Indian journal of veterinary science and animal husbandry - Volume 2,
Year: 1932
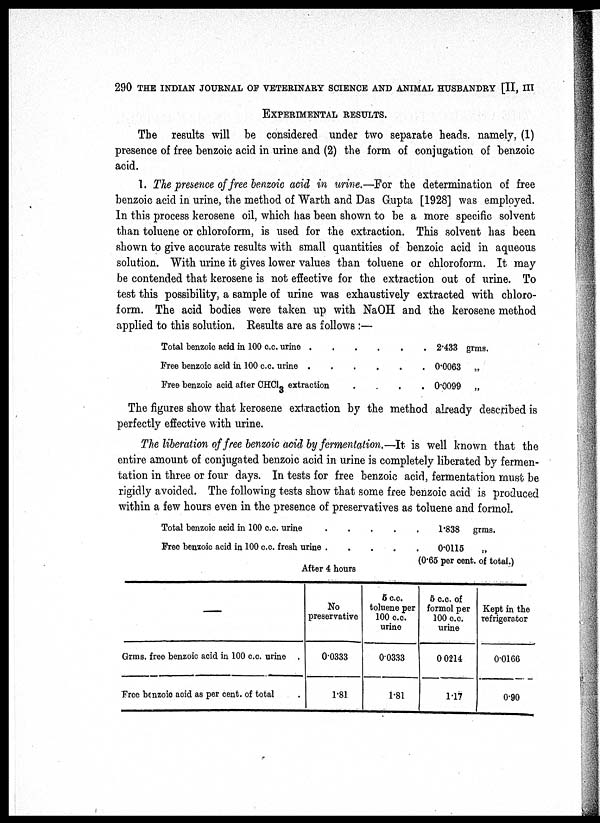
290 THE INDIAN JOURNAL OF VETERINARY SCIENCE AND ANIMAL HUSBANDRY [II, III
EXPERIMENTAL RESULTS.
The results will be considered under two separate heads, namely, (1)
presence of free benzoic acid in urine and (2) the form of conjugation of benzoic
acid.
1. The presence of free benzoic acid in urine.—For the determination of free
benzoic acid in urine, the method of Warth and Das Gupta [1928] was employed.
In this process kerosene oil, which has been shown to be a more specific solvent
than toluene or chloroform, is used for the extraction. This solvent has been
shown to give accurate results with small quantities of benzoic acid in aqueous
solution. With urine it gives lower values than toluene or chloroform. It may
be contended that kerosene is not effective for the extraction out of urine. To
test this possibility, a sample of urine was exhaustively extracted with chloro-
form. The acid bodies were taken up with NaOH and the kerosene method
applied to this solution. Results are as follows :—
Total benzoic acid in 100 c.c. urine
....
Free benzoic acid in 100 c.c. urine
....
Free benzoic acid after CHCl 3 extraction
. 2.433 grms.
. 0.0063 „
. 0.0099 „
The figures show that kerosene extraction by the method already described is
perfectly effective with urine.
The liberation of free benzoic acid by fermentation.—It is well known that the
entire amount of conjugated benzoic acid in urine is completely liberated by fermen-
tation in three or four days. In tests for free benzoic acid, fermentation must be
rigidly avoided. The following tests show that some free benzoic acid is produced
within a few hours even in the presence of preservatives as toluene and formol.
Total benzoic acid in 100 c.c. urine
Free benzoic acid in 100 c.c. fresh urine .
1.838 grms.
0.0115 „
(0.65 per cent. of total.)
After 4 hours
—
Grms, free benzoic acid in 100 c.c. urine .
Free benzoic acid as per cent. of total .
No
preservative
0.0333
1.81
5 c.c.
toluene per
100 c.c.
urine
0.0333
1.81
5 c.c. of
formol per
100 c.c.
urine
0 0214
1.17
Kept in the
refrigerator
0.0166
0.90